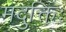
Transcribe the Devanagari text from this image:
मदुक्तिः